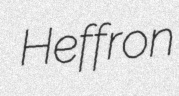
Heffron